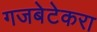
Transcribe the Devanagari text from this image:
गजबेटेकरा